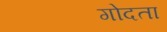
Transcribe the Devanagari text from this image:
गोदता